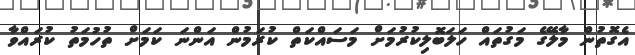
އެގޮތުން މާލޭގެ މަގުތައް ހަލަބޮލިކުރުމަށް މަސައްކަތް ކުރަމުން އަންނަ ކަމަށް ތުހުމަތު ކުރައްވާ